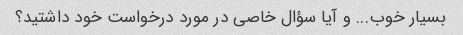
بسیار خوب... و آیا سؤال خاصی در مورد درخواست خود داشتید؟